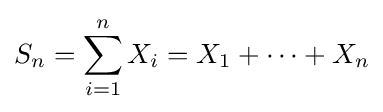
S_{n}=\sum _{i=1}^{n}X_{i}=X_{1}+\cdots +X_{n}